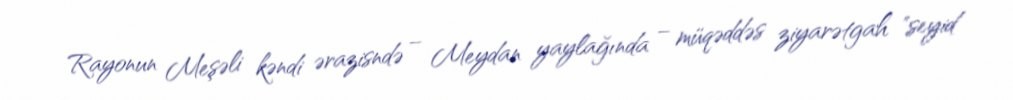
Rayonun Meşəli kəndi ərazisndə – Meydan yaylağında – müqəddəs ziyarətgah "seyid